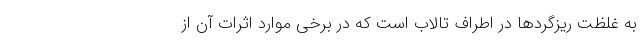
به غلظت ریزگردها در اطراف تالاب است که در برخی موارد اثرات آن از